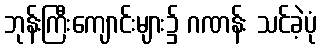
ဘုန်းကြီးကျောင်းများ၌ ဂဏန်း သင်ခဲ့ပုံ